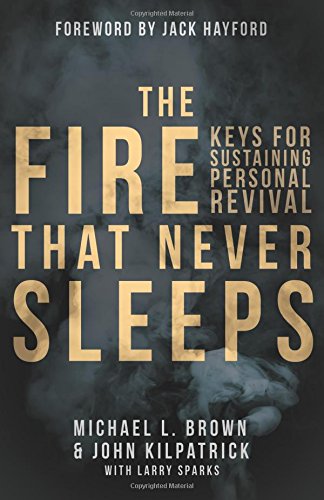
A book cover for The Fire that Never Sleeps: Keys to Sustaining Personal Revival; Michael L. Brown; Christian Books & Bibles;